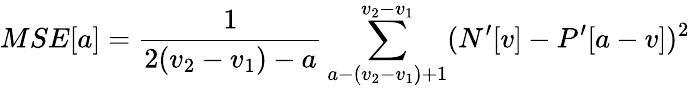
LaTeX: MSE[a]=\frac{1}{2(v_{2}-v_{1})-a}\sum_{a-(v_{2}-v_{1})+1}^{v_{2}-v_{1}}(N^{\prime}[v]-P^{\prime}[a-v])^{2}